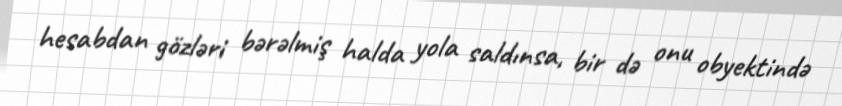
hesabdan gözləri bərəlmiş halda yola saldınsa, bir də onu obyektində